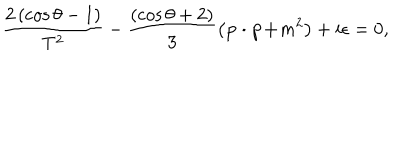
\frac { 2 \left( \cos \theta - 1 \right) } { T ^ { 2 } } - \frac { \left( \cos \theta + 2 \right) } 3 \left( \mathbf { p \cdot p + } m ^ { 2 } \right) + i \epsilon = 0 ,